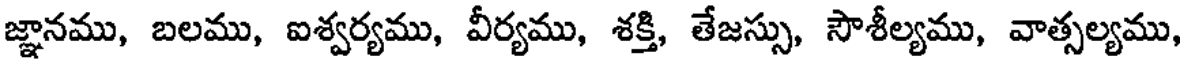
జ్ఞానము, బలము, ఐశ్వర్యము, వీర్యము, శక్తి, తేజస్సు, సౌశీల్యము, వాత్సల్యము,